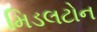
મિડલટોન